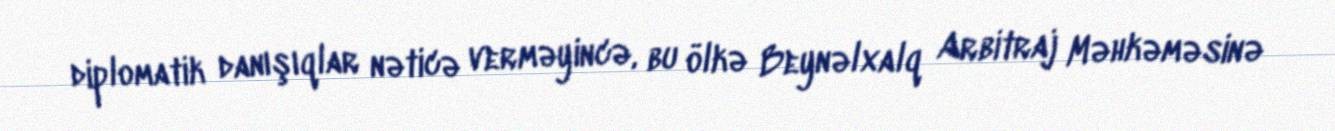
diplomatik danışıqlar nəticə verməyincə, bu ölkə Beynəlxalq Arbitraj Məhkəməsinə